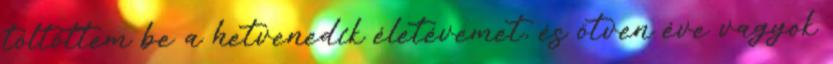
töltöttem be a hetvenedik életévemet, és ötven éve vagyok